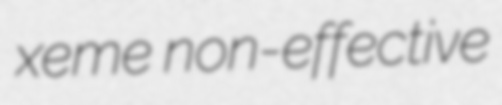
xeme non-effective